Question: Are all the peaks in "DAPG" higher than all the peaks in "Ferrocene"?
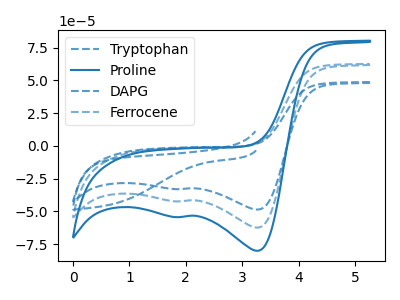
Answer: <think>The blue dashed curve "Tryptophan" has no peaks. The blue curve "Proline" has cathodic peaks at (3.30V, -124.55uA) (1.90V, -84.45uA). The blue dashed curve "DAPG" has cathodic peaks at (3.30V, -48.50uA) (1.90V, -32.90uA). The blue dashed curve "Ferrocene" has cathodic peaks at (3.30V, -62.30uA) (1.90V, -42.20uA).</think>
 <answer>Every peak in "DAPG" is lower than every peak in "Ferrocene".</answer>
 <eval>lower</eval>